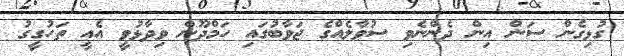
ގުޅިގެން ސަން އިން ދެންނެވި ސުވާލެއްގެ ޖަވާބުގައި ހަމްދޫން ވިދާޅުވީ އެއީ ތަހުގީގު